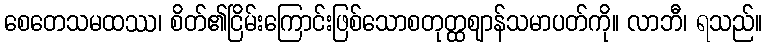
စေတေသမထဿ၊ စိတ်၏ငြိမ်းကြောင်းဖြစ်သောစတုတ္ထဈာန်သမာပတ်ကို။ လာဘီ၊ ရသည်။